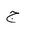
Letter: _gim